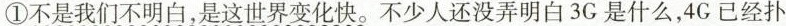
①不是我们不明白，是这世界变化快。不少人还没弄明白3G是什么，4G已经扑